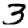
Digit: 3